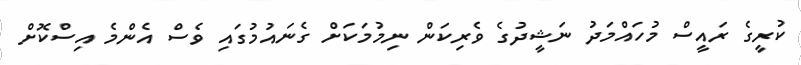
ކުރީގެ ރައީސް މުހައްމަދު ނަޝީދުގެ ވެރިކަން ނިމުމަކަށް ގެނައުމުގައި ވެސް އެންމެ އިސްކޮށް